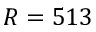
R = 5 1 3